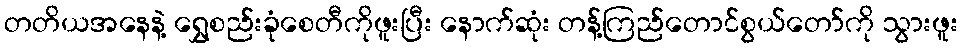
တတိယအနေနဲ့ ရွှေစည်းခုံစေတီကိုဖူးပြီး နောက်ဆုံး တန့်ကြည်တောင်စွယ်တော်ကို သွားဖူး